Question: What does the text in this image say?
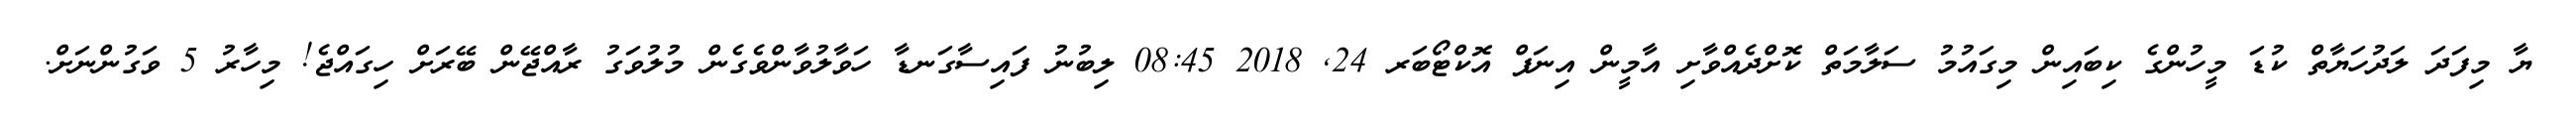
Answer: ޔާ މިފަދަ ލަދުހަޔާތް ކުޑަ މީހުންގެ ކިބައިން މިގައުމު ސަލާމަތް ކޮށްދެއްވާށި އާމީން އިނަފް އޮކްޓޯބަރ 24, 2018 08:45 ލިބުނު ފައިސާގަނޑާ ހަވާލުވާންވެގެން މުލުވަގު ރާއްޖޭން ބޭރަށް ހިގައްޖެ! މިހާރު 5 ވަގުންނަށް.